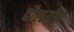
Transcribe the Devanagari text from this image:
दोलतीय